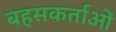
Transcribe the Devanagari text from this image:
बहसकर्ताओं